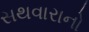
સથવારાનો